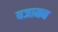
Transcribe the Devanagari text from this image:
यजामन